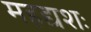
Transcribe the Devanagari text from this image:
महद्यशः